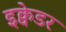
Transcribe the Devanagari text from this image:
इक्वेडर